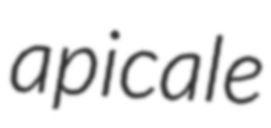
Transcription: apicale